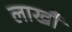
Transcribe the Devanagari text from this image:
लाखौ